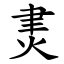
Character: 㶳